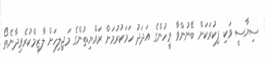
ސިޔާސީ ވަކި ފިކުރަކަށް ބޭނުންވާ މީހުންގެ އަދަދު ހަމަކުރުމަށް ރައްޔިތުންގެ މަޖިލިހަށް ލާޒިމްކުރެވިދާނެތޯ